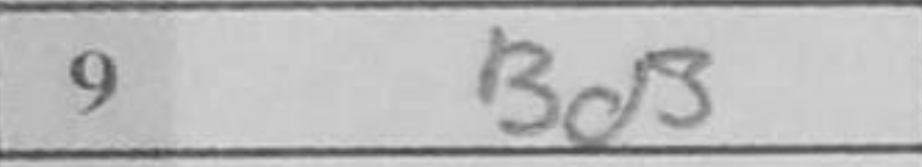
Transcription: Bd3